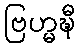
ဗြဟ္မဍ္ဎီ